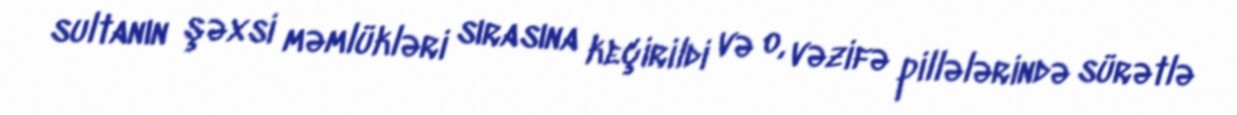
sultanın şəxsi məmlükləri sırasına keçirildi və o, vəzifə pillələrində sürətlə